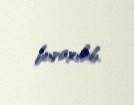
buraxılıb.